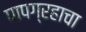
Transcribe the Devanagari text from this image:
पापग्रहाचा